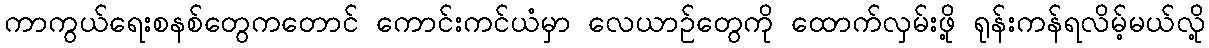
ကာကွယ်ရေးစနစ်တွေကတောင် ကောင်းကင်ယံမှာ လေယာဉ်တွေကို ထောက်လှမ်းဖို့ ရုန်းကန်ရလိမ့်မယ်လို့